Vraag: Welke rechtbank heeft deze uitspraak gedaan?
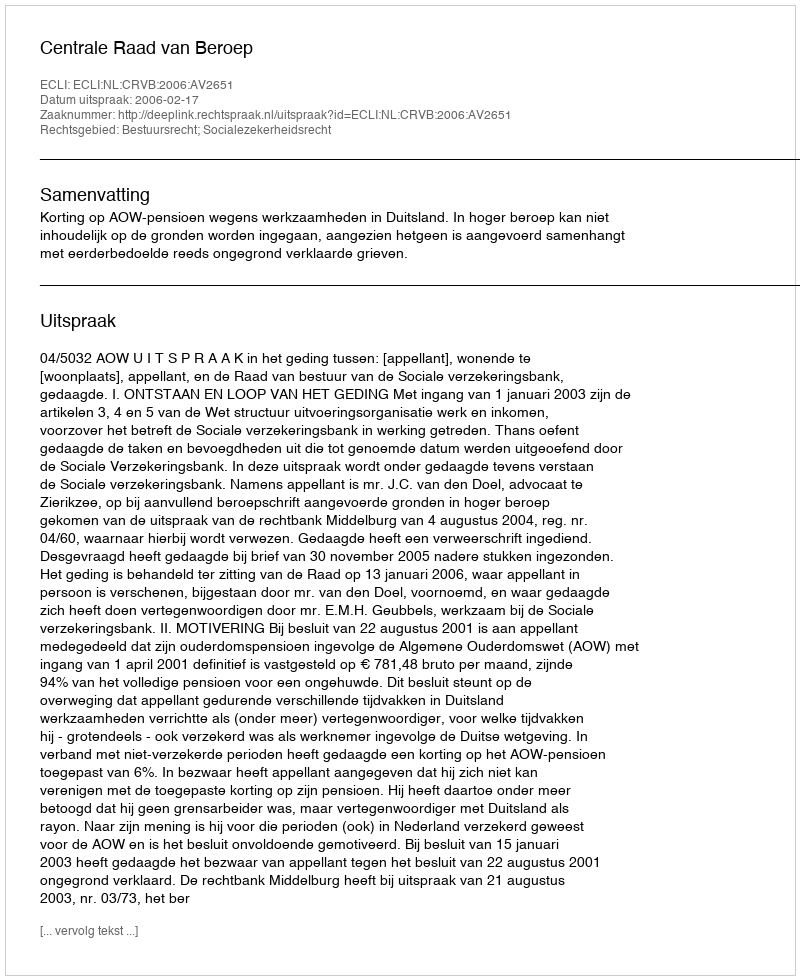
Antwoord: Centrale Raad van Beroep